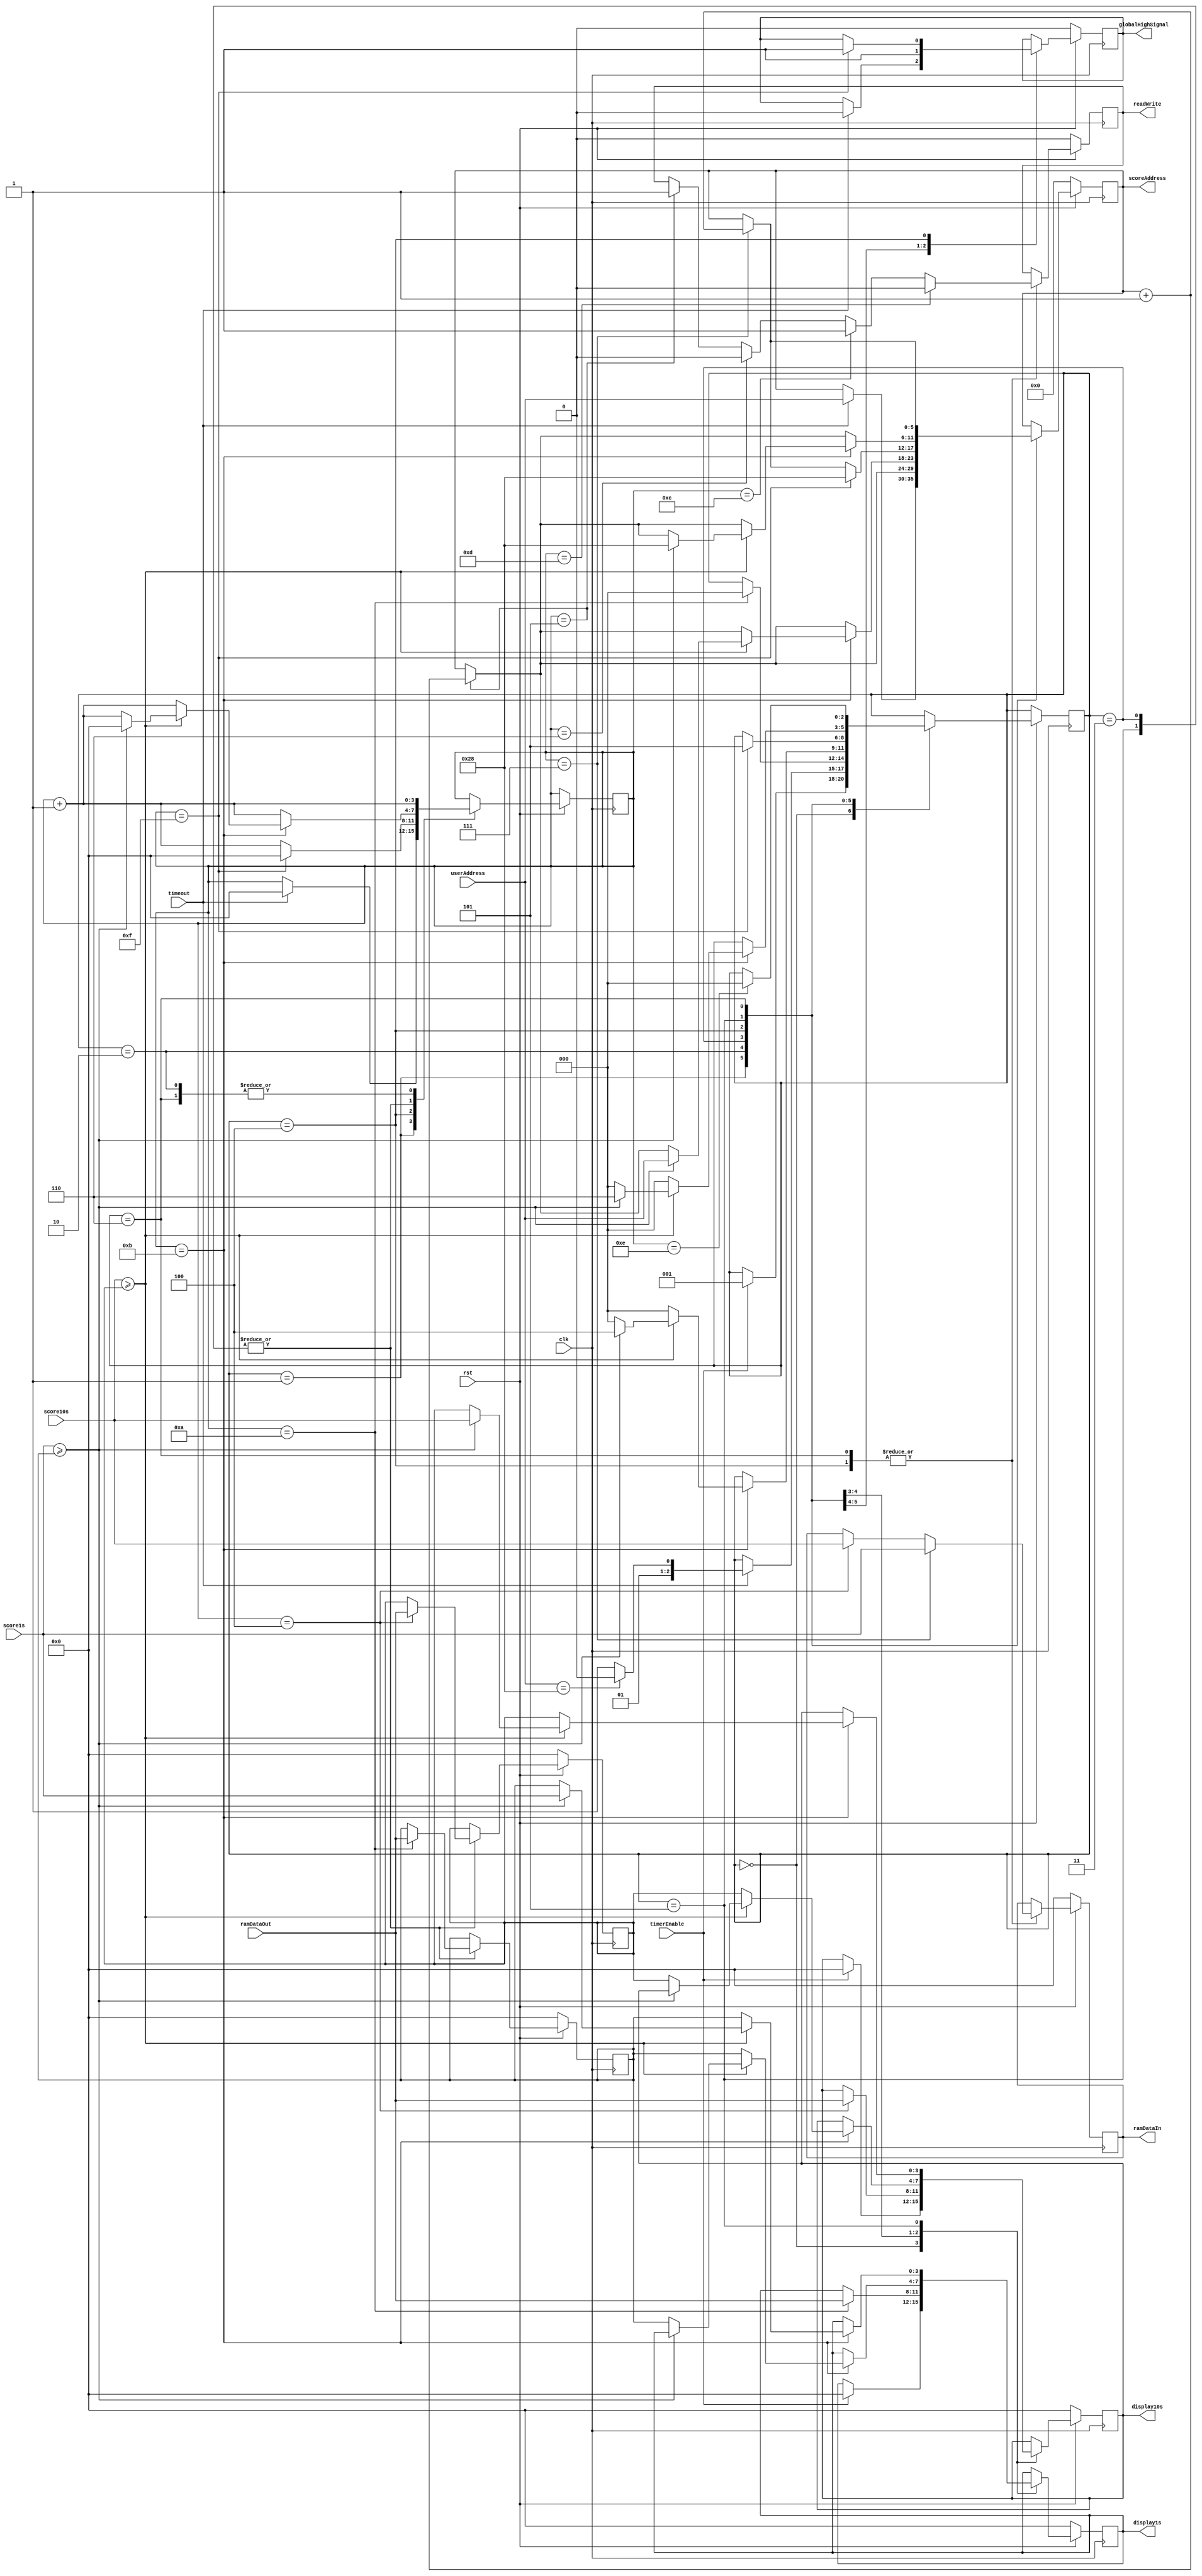
module highScoreModule(userAddress, timeout, timerEnable, score1s, score10s, globalHighSignal, display10s, display1s, rst, clk, scoreAddress, ramDataIn, readWrite, ramDataOut);
input rst, clk;
input [5:0] userAddress; // from Auth Module
input [3:0] score10s, score1s; // new score values
input timeout, timerEnable;
input [3:0] ramDataOut;


output globalHighSignal; // 0 for "H", 1 for "G"
output [3:0] display10s, display1s; // values to display to the rightmost Displays when the Game is Over
output [3:0] ramDataIn;
output [5:0] scoreAddress;
output readWrite;


reg readWrite;
reg globalHighSignal;
reg [5:0] scoreAddress;
reg [3:0] ramDataIn;
reg [3:0] temp10s, temp1s;
reg [3:0] display1s, display10s;

reg [3:0] countState;

reg [2:0] State;
parameter WaitForGameStart=0, WaitForGameOver=1, DisplayGuest=2, CheckHigh=3, UpdateHigh=4, CheckGlobal=5, UpdateGlobal=6;


always@(posedge clk) begin
	if(rst==0) begin
		scoreAddress<=0;
		globalHighSignal<=0;
		display10s<=0;
		display1s<=0;
		readWrite<=0;
		ramDataIn<=0;
		temp10s<=0;
		temp1s<=0;
	end
	else begin
		case(State)
		WaitForGameStart: begin
			if(timerEnable==1) begin
				State<=WaitForGameOver;
				display10s<=0;
				display1s<=0;
			end
		end
		WaitForGameOver: begin
			if(timeout==1) begin
				scoreAddress<=userAddress;
				countState<=0;
				globalHighSignal<=0;
				if(userAddress==40) begin // checks if user/guest is logged in
					State<=DisplayGuest;
				end
				else begin
					State<=CheckHigh;
				end
			end
		end
		DisplayGuest: begin
			countState<=countState+1;
			globalHighSignal<=1;
			if(countState==4) begin // allow time for value to be fetched
				display10s<=ramDataOut; // ramDataOut should be the Global high value for 10s
			end
			if(countState==5) begin
				scoreAddress<=scoreAddress+1;
			end
			if(countState==10) begin // allow time for value to be fetched
				display1s<=ramDataOut; // ramDataOut should be the Global high value for 1s
				State<=WaitForGameStart; // waits for the Next Game to Begin
			end
		end
		CheckHigh: begin
			countState<=countState+1;
			if(countState==4) begin
				temp10s<=ramDataOut;
			end
			if(countState==5) begin
				scoreAddress<=scoreAddress+1;
			end
			if(countState==10) begin
				temp1s<=ramDataOut;
			end
			if(countState==11) begin
				if(score10s>=temp10s) begin
					if(score1s>=temp1s) begin
						State<=UpdateHigh; // updates high score if appropriate
						countState<=0;
						scoreAddress<=userAddress;
					end
					else begin
						display10s<=temp10s; // displays old HighScore 10s
						display1s<=temp1s; // displays old high score 1s
						State<=WaitForGameStart;
					end
				end
				else begin
					display10s<=temp10s;
					display1s<=temp1s;
					State<=WaitForGameStart;
				end
			end
		end
		UpdateHigh: begin
			countState<=countState+1;
			if(countState==4) begin
				ramDataIn<=score10s;
			end
			if(countState==5) begin
				readWrite<=1;
			end
			if(countState==6) begin
				readWrite<=0;
			end
			if(countState==7) begin
				scoreAddress<=scoreAddress+1;
				ramDataIn<=score1s;
			end
			if(countState==12) begin
				readWrite<=1;
			end
			if(countState==13) begin
				readWrite<=0;
			end
			if(countState==15) begin
				scoreAddress<=40; // address of Global high 10s value
				State<=CheckGlobal;
				countState<=0;
				globalHighSignal<=1; // set display for G
			end
		end
		CheckGlobal: begin
			countState<=countState+1;
			if(countState==4) begin
				temp10s<=ramDataOut;
			end
			if(countState==5) begin
				scoreAddress<=scoreAddress+1;
			end
			if(countState==10) begin
				temp1s<=ramDataOut;
			end
			if(countState==11) begin
				if(score10s>=temp10s) begin
					if(score1s>=temp1s) begin
						State<=UpdateGlobal; // updates global score if appropriate
						countState<=0;
						scoreAddress<=40;
						display10s<=score10s;
						display1s<=score1s;
					end
					else begin
						display10s<=temp10s; // displays old global high 10s
						display1s<=temp1s; // displays old global high 1s
						State<=WaitForGameStart;
					end
				end
				else begin
					display10s<=temp10s;
					display1s<=temp1s;
					State<=WaitForGameStart;
				end
			end
		end
		UpdateGlobal: begin
			countState<=countState+1;
			if(countState==4) begin
				ramDataIn<=score10s;
			end
			if(countState==5) begin
				readWrite<=1;
			end
			if(countState==6) begin
				readWrite<=0;
			end
			if(countState==7) begin
				scoreAddress<=scoreAddress+1;
				ramDataIn<=score1s;
			end
			if(countState==12) begin
				readWrite<=1;
			end
			if(countState==13) begin
				readWrite<=0;
			end
			if(countState==14) begin
				State<=WaitForGameStart;
			end
		end
		endcase
	end
end

endmodule